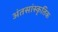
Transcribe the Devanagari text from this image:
अंतसांस्कृतिक